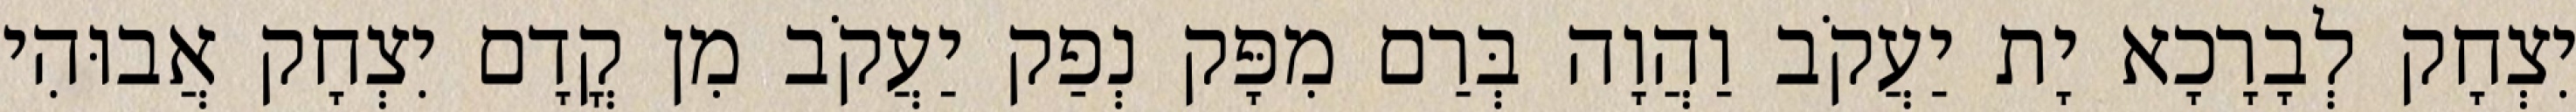
יִצְחָק לְבָרָכָא יָת יַעֲקֹב וַהֲוָה בְּרַם מִפָּק נְפַק יַעֲקֹב מִן קֳדָם יִצְחָק אֲבוּהִי